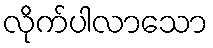
လိုက်ပါလာသော